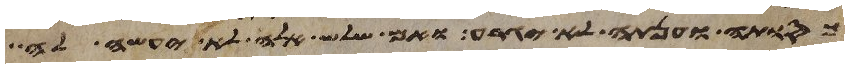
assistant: כסותה וענתה לא יגרע ואם שלש אלה לא יעשה לה